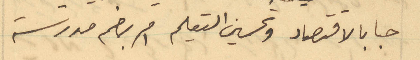
حبا بالاقتصاد وتحسين التعليم امر بضم مدرسة